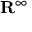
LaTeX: \mathbf { R } ^ { \infty }